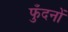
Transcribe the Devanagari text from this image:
फुँदनों